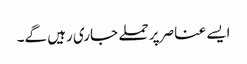
ایسے عناصر پر حملے جاری رہیں گے۔